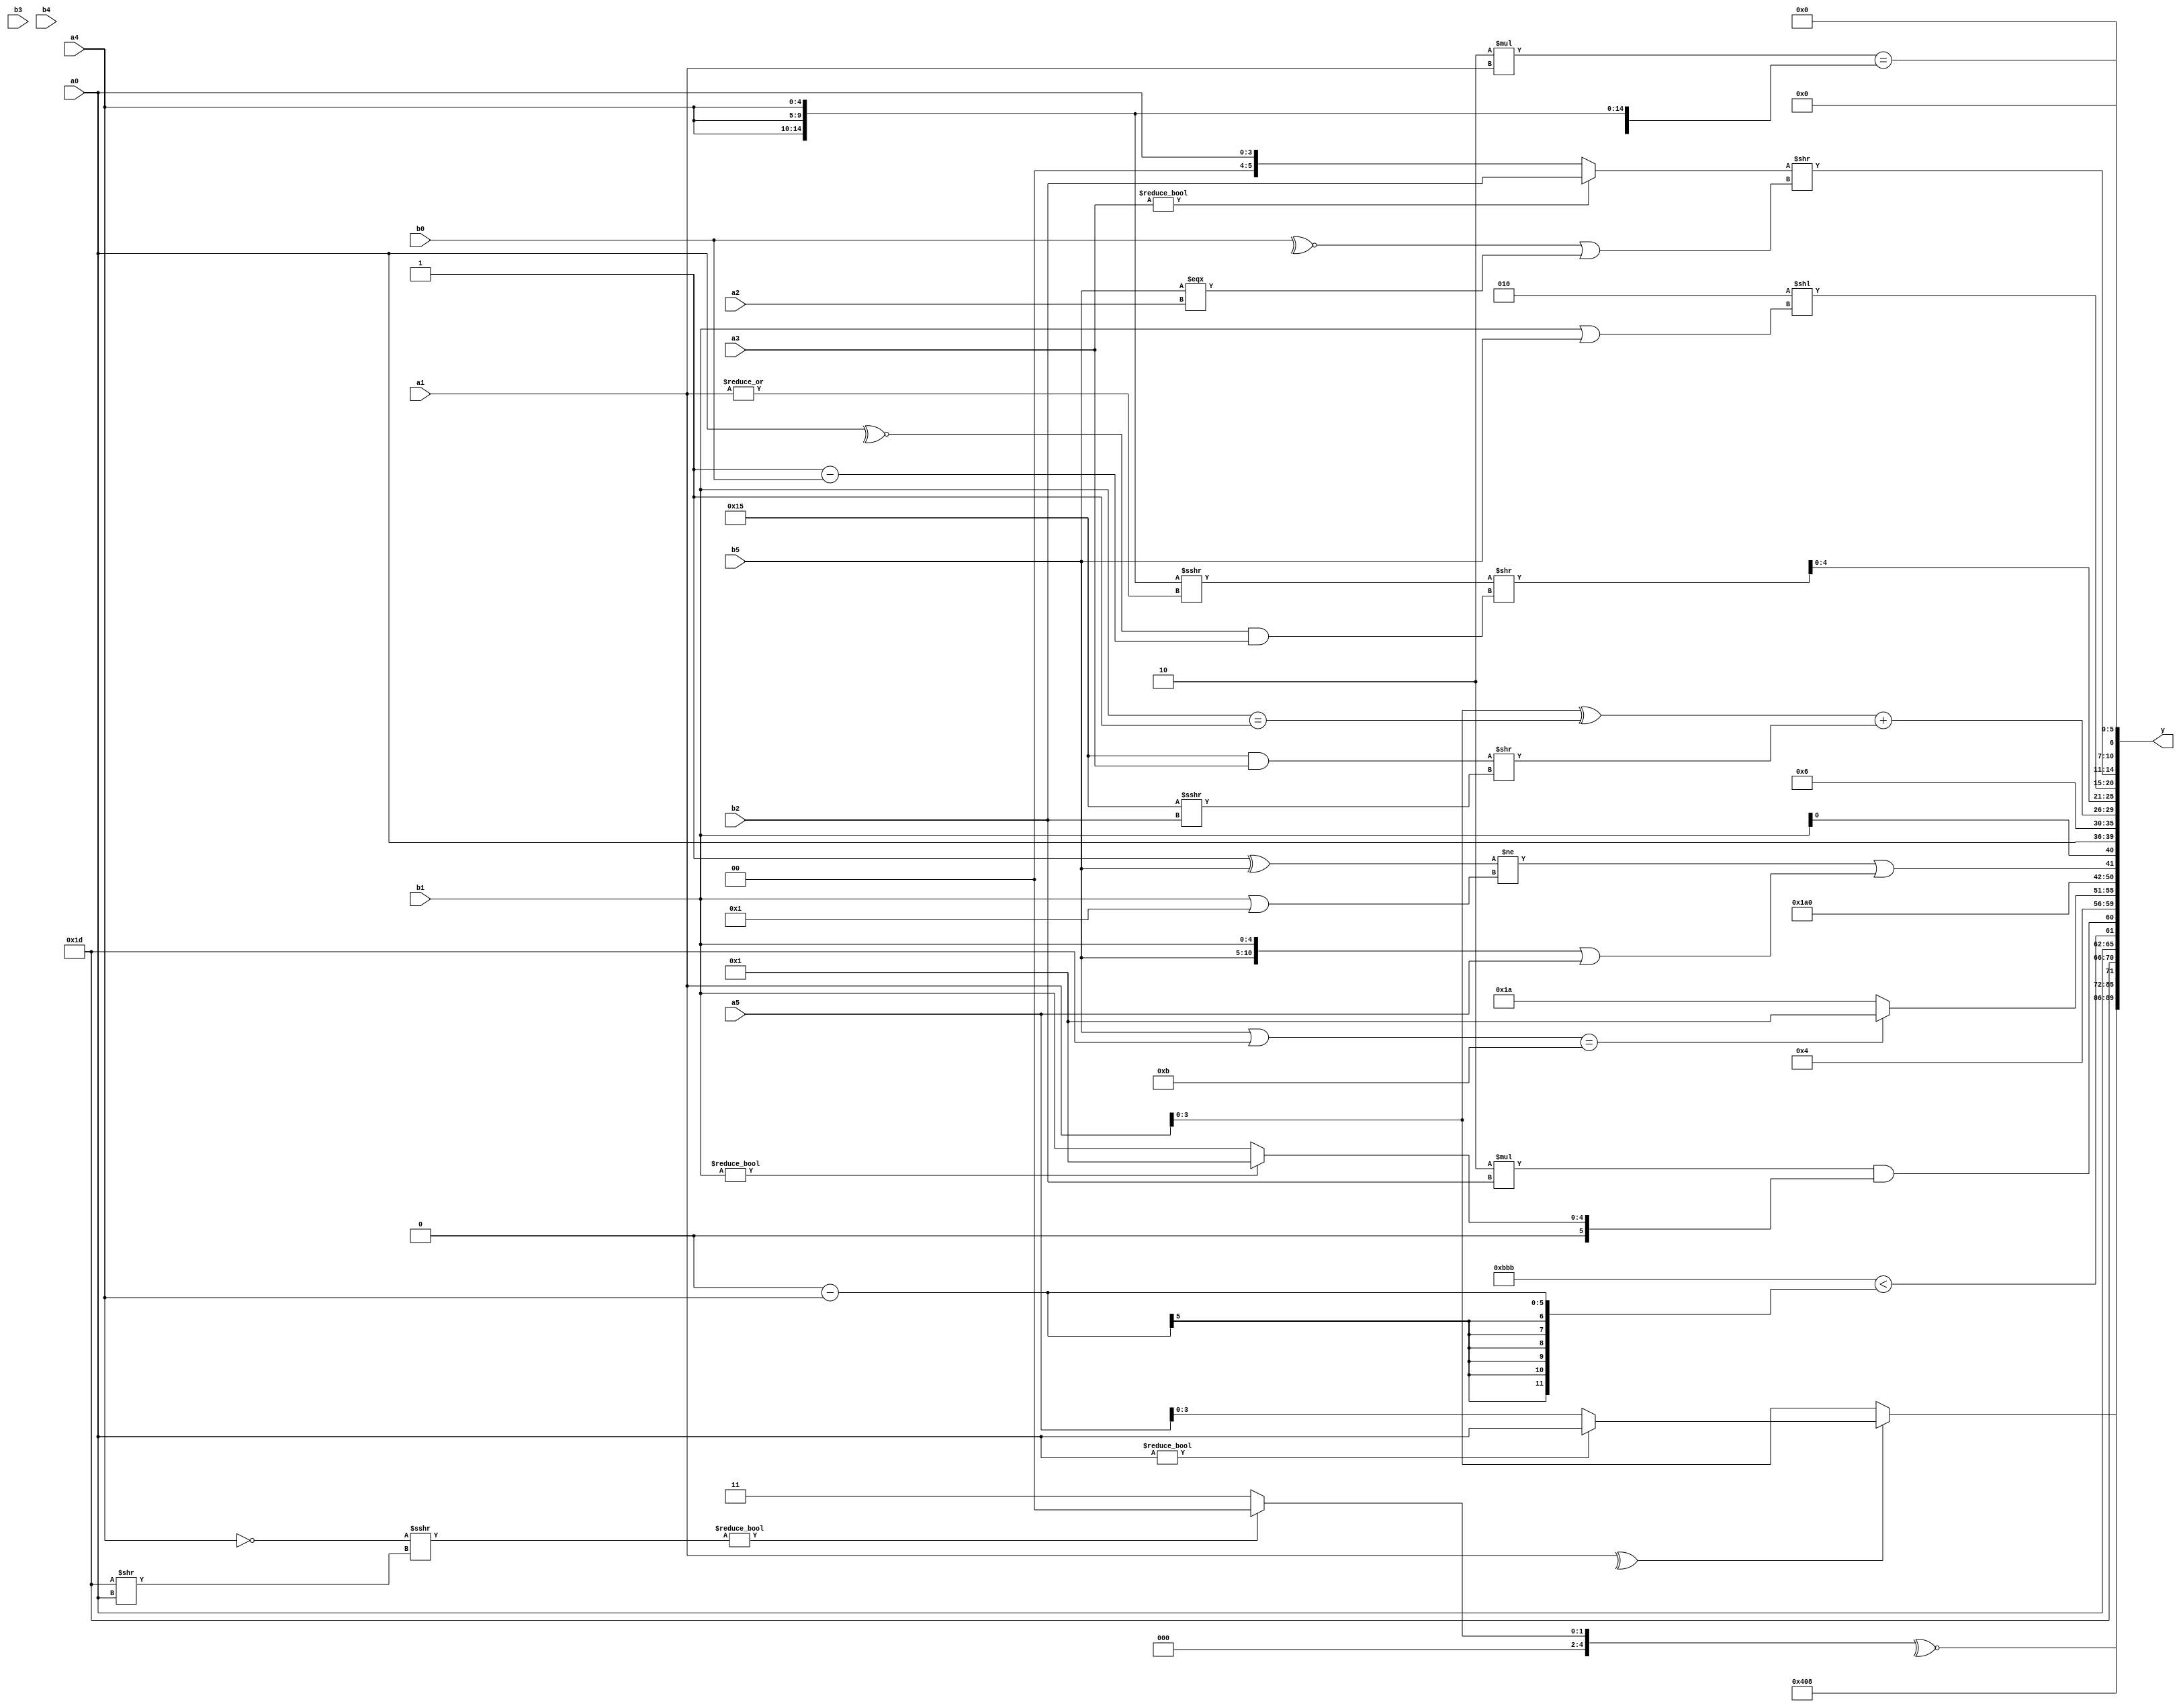
module expression_00527(a0, a1, a2, a3, a4, a5, b0, b1, b2, b3, b4, b5, y);
  input [3:0] a0;
  input [4:0] a1;
  input [5:0] a2;
  input signed [3:0] a3;
  input signed [4:0] a4;
  input signed [5:0] a5;

  input [3:0] b0;
  input [4:0] b1;
  input [5:0] b2;
  input signed [3:0] b3;
  input signed [4:0] b4;
  input signed [5:0] b5;

  wire [3:0] y0;
  wire [4:0] y1;
  wire [5:0] y2;
  wire signed [3:0] y3;
  wire signed [4:0] y4;
  wire signed [5:0] y5;
  wire [3:0] y6;
  wire [4:0] y7;
  wire [5:0] y8;
  wire signed [3:0] y9;
  wire signed [4:0] y10;
  wire signed [5:0] y11;
  wire [3:0] y12;
  wire [4:0] y13;
  wire [5:0] y14;
  wire signed [3:0] y15;
  wire signed [4:0] y16;
  wire signed [5:0] y17;

  output [89:0] y;
  assign y = {y0,y1,y2,y3,y4,y5,y6,y7,y8,y9,y10,y11,y12,y13,y14,y15,y16,y17};

  localparam [3:0] p0 = (~&(4'd2 * (3'd4)));
  localparam [4:0] p1 = ({2{(3'd5)}}!=={1{{3{(4'd12)}}}});
  localparam [5:0] p2 = {2{(-2'sd1)}};
  localparam signed [3:0] p3 = ((-(5'd29))>>((3'd7)>(3'sd0)));
  localparam signed [4:0] p4 = (-2'sd0);
  localparam signed [5:0] p5 = (5'd1);
  localparam [3:0] p6 = ({(-4'sd4),(5'd23),(4'd13)}?((-4'sd0)?(2'd0):(3'sd1)):((5'd16)?(5'sd12):(-3'sd1)));
  localparam [4:0] p7 = (~(4'd2));
  localparam [5:0] p8 = ((((2'd2)>>>(-4'sd5))?((4'd5)?(2'd1):(-4'sd3)):((4'sd3)>(-2'sd0)))<(((5'd29)!=(2'd0))-((2'd1)%(3'd6))));
  localparam signed [3:0] p9 = (~^(~{(^(3'd7)),(!(3'd2)),{(4'd3),(5'd2),(3'd0)}}));
  localparam signed [4:0] p10 = {4{(2'd1)}};
  localparam signed [5:0] p11 = (!(-(4'd12)));
  localparam [3:0] p12 = (~^{3{((5'd14)^~(4'd3))}});
  localparam [4:0] p13 = ((((4'sd0)===(2'd1))^~((5'sd3)<=(-4'sd5)))<(((5'd24)%(5'd3))>>>((3'd6)<(4'd1))));
  localparam [5:0] p14 = (((3'd4)^~(3'sd0))==((2'd0)?(5'd5):(2'd3)));
  localparam signed [3:0] p15 = {4{{1{{(3'd1),(3'sd3)}}}}};
  localparam signed [4:0] p16 = {(4'sd4),(4'd7),(3'sd2)};
  localparam signed [5:0] p17 = ((((4'd1)&(5'd16))!==(^(5'sd8)))!==((4'd1)>={(2'd3)}));

  assign y0 = {3{((^a1)?(a0?a0:a5):{2{a1}})}};
  assign y1 = (2'd2);
  assign y2 = (!((+(p8))));
  assign y3 = (|(~^(((~$unsigned(a4))>>>$unsigned((p7>>a0)))?(5'sd0):(3'sd3))));
  assign y4 = {(5'd31),(2'd1)};
  assign y5 = {(p8?p8:a0),({3{p15}}<(p13-a4)),((5'd2 * b2)&&(b1?p17:b1))};
  assign y6 = (4'sd4);
  assign y7 = (((b5|p7)==(p10?p15:p10))?((~&p3)>=(p12<=p15)):((5'd2 * p7)<<<(p14/p9)));
  assign y8 = {(~^$signed((2'd0))),(5'd20)};
  assign y9 = (((p12^b5)!=(b1||p12))||$unsigned(({b5,b1}|$unsigned(a5))));
  assign y10 = {1{{3{{p2,b1,a0}}}}};
  assign y11 = (4'd6);
  assign y12 = (($signed(($signed((a1))^$signed((b1==p1))))+$unsigned(((p10&&a3)>>(p10>>>b2)))));
  assign y13 = $signed(($signed(({3{a4}}>>>(|a1)))>>(((~^a0))&&(p6-b0))));
  assign y14 = (((4'sd4)>>>(2'd1))<<(~^(~^(+(b1||b5)))));
  assign y15 = {(({p12,a5,a0}>(p15>a1))>>({b3}>>(a2<<<a0))),((a3?b2:a0)>>((~^b0)||(b5===a2)))};
  assign y16 = ({1{$signed((5'd2 * a1))}}=={4{a4}});
  assign y17 = ({2{(3'd4)}}&(2'd2));
endmodule